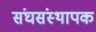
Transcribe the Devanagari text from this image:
संघसंस्थापक